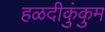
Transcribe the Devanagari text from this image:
हळदीकुंकुम